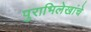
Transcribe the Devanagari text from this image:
पुराभिलेखांचे